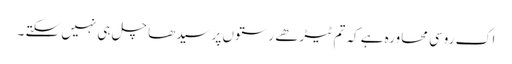
اک روسی محاورہ ہے کہ تم ٹیڑھے رستوں پر سیدھا چل ہی نہیں سکتے ۔